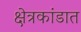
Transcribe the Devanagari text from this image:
क्षेत्रकांडात